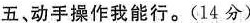
五、动手操作我能行。（14分）